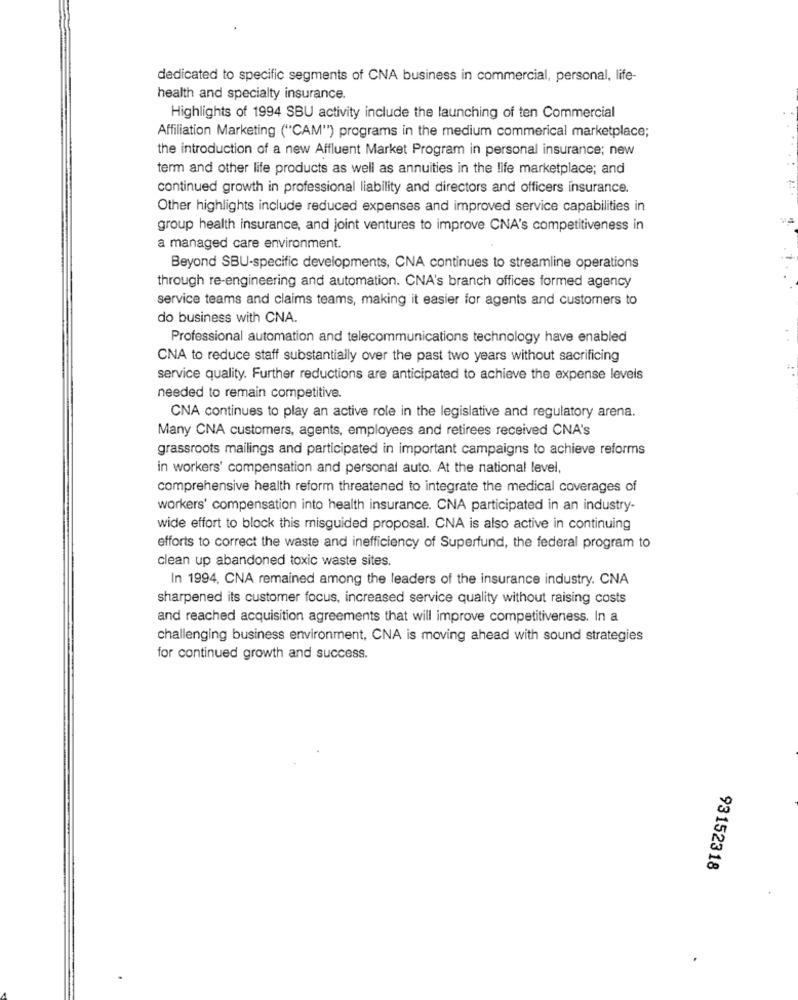
dedicated to specific segments of CNA business in commercial, personal, life-
health and specialty insurance.
Highlights of 1994 SBU activity include the launching of ten Commercial
Affiliation Marketing ("CAM") programs in the medium commerical marketplace;
the introduction of a new Affluent Market Program in personal insurance; new
term and other life products as well as annuities in the life marketplace; and
continued growth in professional liability and directors and officers insurance.
Other highlights include reduced expenses and improved service capabilities in
group health insurance, and joint ventures to improve CNA's competitiveness in
a managed care environment.
Beyond SBU-specific developments, CNA continues to streamline operations
through re-engineering and automation. CNA's branch offices formed agency
service teams and claims teams, making it easier for agents and customers to
do business with CNA.
Professional automation and telecommunications technology have enabled
CNA to reduce staff substantially over the past two years without sacrificing
service quality. Further reductions are anticipated to achieve the expense levels
needed to remain competitive.
CNA continues to play an active role in the legislative and regulatory arena.
Many CNA customers, agents, employees and retirees received CNA's
grassroots mailings and participated in important campaigns to achieve reforms
in workers' compensation and personal auto. At the national level,
comprehensive health reform threatened to integrate the medical coverages of
workers' compensation into health insurance. CNA participated in an industry-
wide effort to block this misguided proposal. CNA is also active in continuing
efforts to correct the waste and inefficiency of Superfund, the federal program to
clean up abandoned toxic waste sites.
In 1994, CNA remained among the leaders of the insurance industry. CNA
sharpened its customer focus, increased service quality without raising costs
and reached acquisition agreements that will improve competitiveness. In a
challenging business environment, CNA is moving ahead with sound strategies
for continued growth and success.
93152318